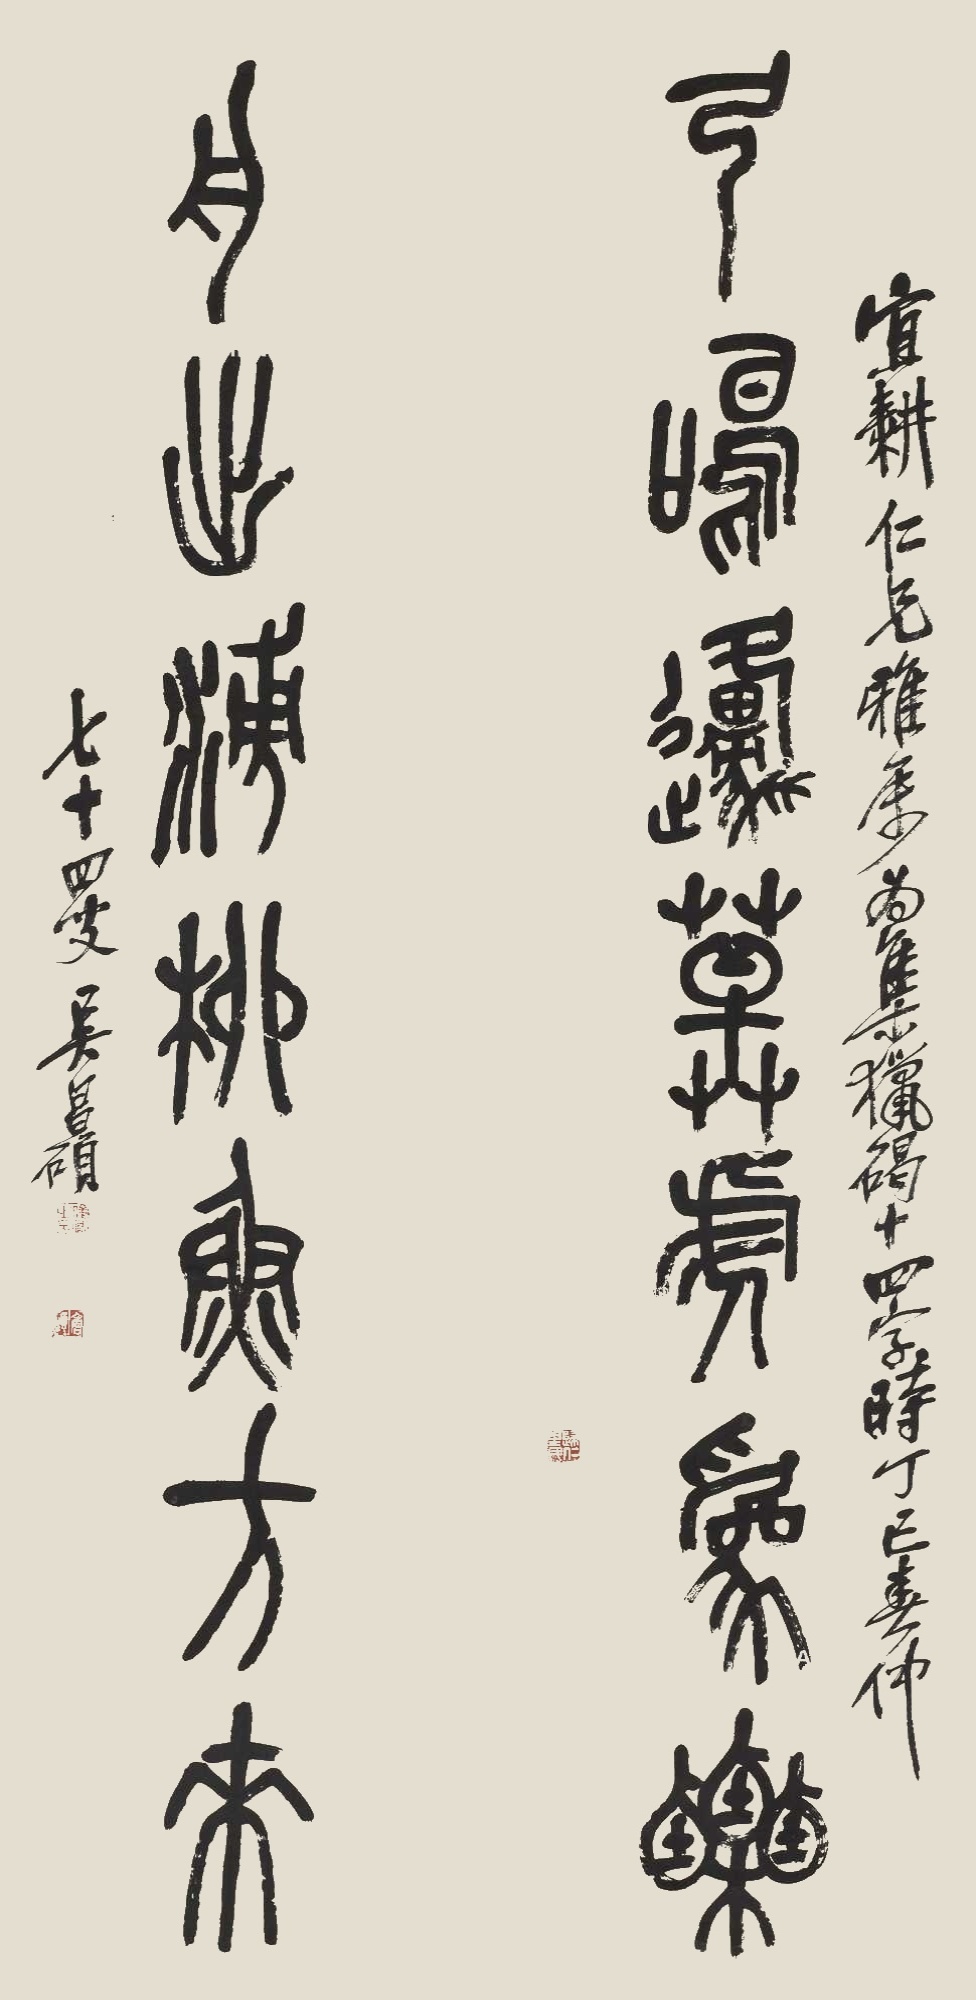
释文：弓鸣原草虎为粟，舟出涌柳鱼方来。宜耕仁兄雅属，为集猎碣十四字。时丁巳春仲，七十四叟，吴昌硕。